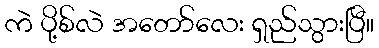
ကဲ ပို့စ်လဲ အတော်လေး ရှည်သွားပြီ။